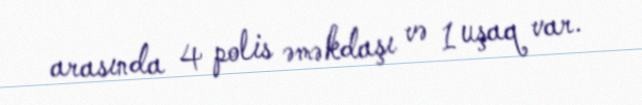
arasında 4 polis əməkdaşı və 1 uşaq var.